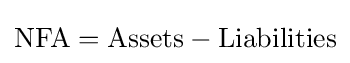
{\mbox{NFA}}={\mbox{Assets}}-{\mbox{Liabilities}}